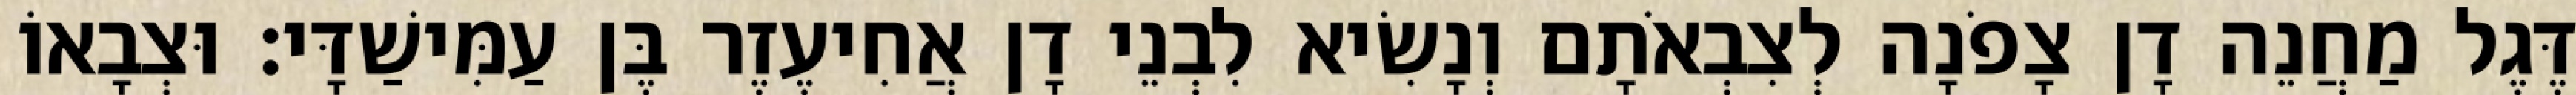
דֶּגֶל מַחֲנֵה דָן צָפֹנָה לְצִבְאֹתָם וְנָשִׂיא לִבְנֵי דָן אֲחִיעֶזֶר בֶּן עַמִּישַׁדָּי׃ וּצְבָאוֹ